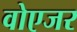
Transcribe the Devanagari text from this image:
वोएजर